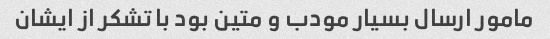
مامور ارسال بسیار مودب و متین بود با تشکر از ایشان